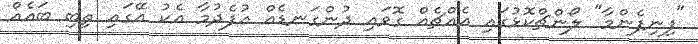
"ފިނިފެންމާ" ލޯންޗްކޮޅުގައި އެއްޗެއް ގޮވައި ދުންގަނޑެއް އުފެދުމާ އެކު އޭގައި ތިބި ބައެއް